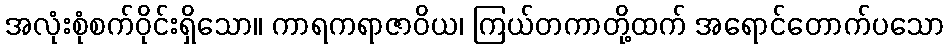
အလုံးစုံစက်ဝိုင်းရှိသော။ ကာရကရာဇာဝိယ၊ ကြယ်တကာတို့ထက် အရောင်တောက်ပသော